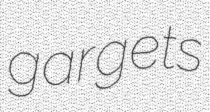
gargets